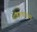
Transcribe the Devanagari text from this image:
शाहगडावरून